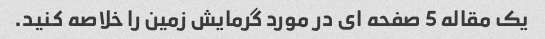
یک مقاله 5 صفحه ای در مورد گرمایش زمین را خلاصه کنید.